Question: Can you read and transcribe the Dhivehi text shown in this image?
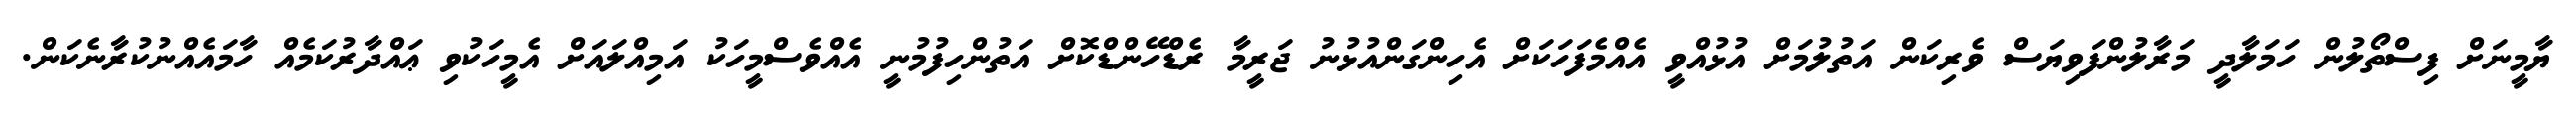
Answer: ޔާމީނަށް ފިސްތޯލުން ހަމަލާދީ މަރާލުންފަވިޔަސް ވެރިކަން އަތުލުމަށް އުޅުއްވީ އެއްމެފަހަކަށް އެހިންގަންއުޅުނު ޖަރީމާ ރެޑްހޭންޑްކޮށް އަތުންހިފުމުނީ އެއްވެސްމީހަކު އަމިއްލައަށް އެމީހަކުވި ޢައްދާރުކަމެއް ހާމައެއްނުކުރާނެކަން.